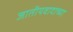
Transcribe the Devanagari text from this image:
जातीयवादाच्या